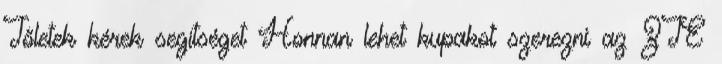
Tőletek kérek segítséget Honnan lehet kupakot szerezni az ZTE